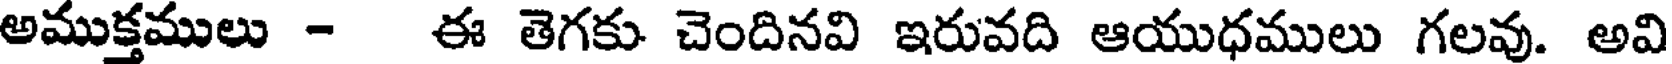
అముక్తములు - ఈ తెగకు చెందినవి ఇరువది ఆయుధములు గలవు. అవి